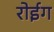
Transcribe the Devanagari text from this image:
रोईग